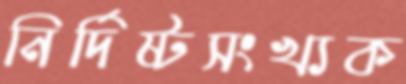
নির্দিষ্টসংখ্যক